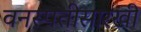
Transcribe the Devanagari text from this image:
वनस्पतीसारखी